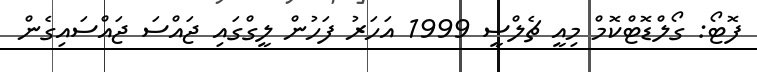
ފޮޓޯ: ގޯލްޑޮޓްކޮމް މިއީ ޗެލްސީ 1999 އަހަރު ފަހުން ލީގްގައި ޖައްސަ ޖައްސައިގެން